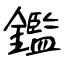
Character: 鑑